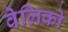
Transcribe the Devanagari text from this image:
वेलिको